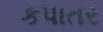
કપાતર